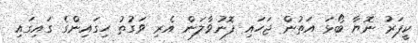
ކީޕަރު ނޮޔާ ބޯޅަ އަތުން ޖަހައި ފޮނުވާލަން އެރި ވަގުތު ހިގައިންގެ ގައިގައި